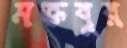
মক্তবুর